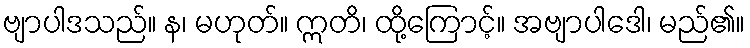
ဗျာပါဒသည်။ န၊ မဟုတ်။ ဣတိ၊ ထို့ကြောင့်။ အဗျာပါဒေါ၊ မည်၏။